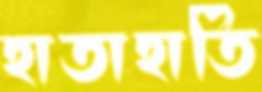
হাতাহাতি